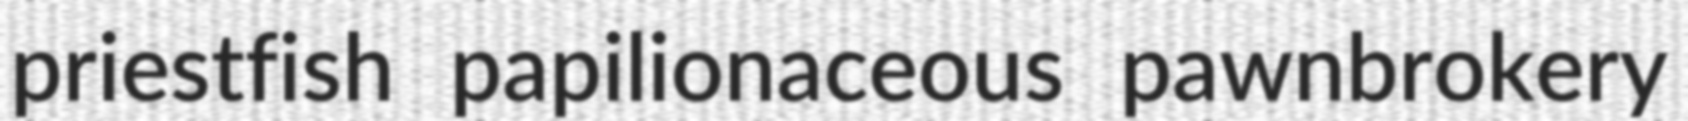
priestfish papilionaceous pawnbrokery